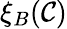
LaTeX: \xi_{B}(\mathcal{C})